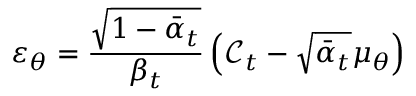
\varepsilon _ { \theta } = \frac { \sqrt { 1 - \bar { \alpha } _ { t } } } { \beta _ { t } } \left( \mathcal { C } _ { t } - \sqrt { \bar { \alpha } _ { t } } \mu _ { \theta } \right)